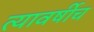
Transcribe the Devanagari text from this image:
त्यावर्षीच